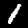
Label: 1